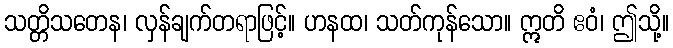
သတ္တိသတေန၊ လှန်ချက်တရာဖြင့်။ ဟနထ၊ သတ်ကုန်သော။ ဣတိ ဧဝံ၊ ဤသို့။